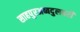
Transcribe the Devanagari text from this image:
साहपुरअब्बदुलबरी